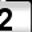
Digit: 2